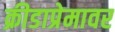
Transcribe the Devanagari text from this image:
क्रीडाप्रेमावर